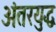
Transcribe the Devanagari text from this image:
अंतरयुद्ध